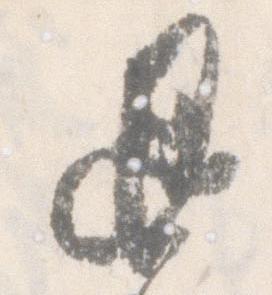
退